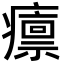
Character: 癝